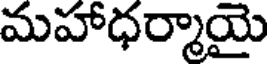
మహాధర్మాయై